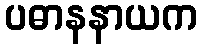
ပဓာနနာယက